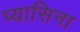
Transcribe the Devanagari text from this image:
प्यासिना